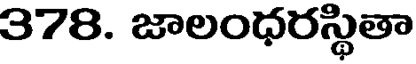
378. జాలంధరస్థితా